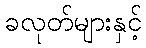
ခလုတ်များနှင့်